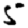
Digit: 5